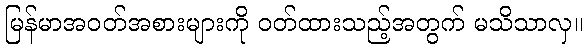
မြန်မာအဝတ်အစားများကို ဝတ်ထားသည့်အတွက် မသိသာလှ။